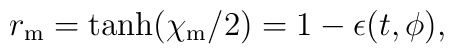
r_{{\rm m}} = \tanh(\chi_{{\rm m}}/2) = 1 - \epsilon(t,\phi),